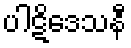
ပါဋိဒေသနီ